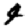
Digit: 4